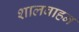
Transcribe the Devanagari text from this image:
शालवाहन